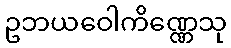
ဥဘယဝေါကိဏ္ဏေသု